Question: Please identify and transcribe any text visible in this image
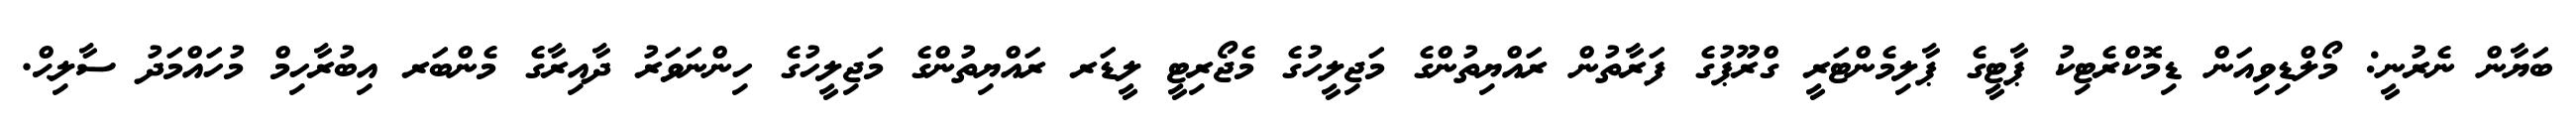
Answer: ބަޔާން ނެރުނީ: މޯލްޑިވިއަން ޑިމޮކްރެޓިކު ޕާޓީގެ ޕާލިމެންޓަރީ ގްރޫޕުގެ ފަރާތުން ރައްޔިތުންގެ މަޖިލީހުގެ މެޖޯރިޓީ ލީޑަރ ރައްޔިތުންގެ މަޖިލީހުގެ ހިންނަވަރު ދާއިރާގެ މެންބަރ އިބުރާހިމް މުހައްމަދު ސާލިޙް.